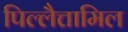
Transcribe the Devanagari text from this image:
पिल्लैत्तामिल